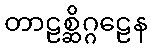
တာဠစ္ဆိဂ္ဂဠေန